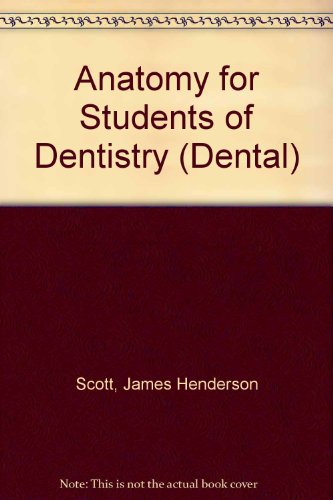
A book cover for Anatomy for Students of Dentistry (Churchill Livingstone Dental Series); Andrew D. Dixon; Medical Books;